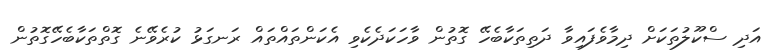
އަދި ސްކޫލުތަކަށް ދިމާވެފައިވާ ދަތިތަކާބެހޭ ގޮތުން ވާހަކަދެކެވި އެކަންތައްތައް ރަނގަޅު ކުރެވޭނެ ގޮތްތަކާބެހޭގޮތުން